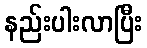
နည်းပါးလာပြီး